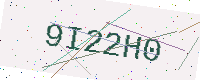
Text: 9I22H0